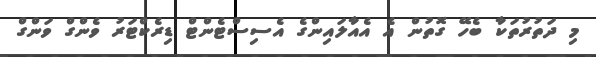
މި ދަތުރުތަކާ ބެހޭ ގޮތުން އެ އެއާލައިންގެ އެސިސްޓެންޓް ޑިރެކްޓަރު ވެންގް ވަންގް